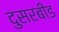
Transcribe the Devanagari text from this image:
दुसरबीड